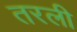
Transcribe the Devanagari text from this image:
तरली